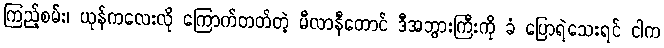
ကြည့်စမ်း၊ ယုန်ကလေးလို ကြောက်တတ်တဲ့ မီလာနီတောင် ဒီအဘွားကြီးကို ခံ ပြောရဲသေးရင် ငါက